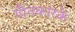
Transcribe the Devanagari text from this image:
गीतकारके